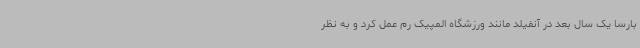
بارسا یک سال بعد در آنفیلد مانند ورزشگاه المپیک رم عمل کرد و به نظر